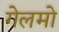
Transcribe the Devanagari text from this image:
गेलमो